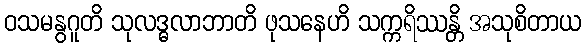
ဝသမနွဂူတိ သုလဒ္ဓလာဘာတိ ဖုသနေဟိ သက္ကရိဿန္တိ အသုစိတာယ